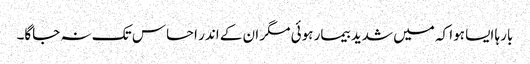
بارہا ایسا ہوا کہ میں شدید بیمار ہوئی مگر ان کے اندر احساس تک نہ جاگا۔